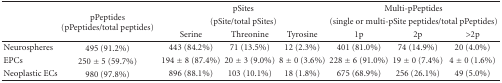
<table><thead><tr><td rowspan="3"></td><td rowspan="3"><b>pPeptides (pPeptides/total peptides) </b></td><td colspan="3"><b>pSites </b></td><td colspan="3"><b>Multi-pPeptides </b></td></tr><tr><td colspan="3"><b>(pSite/total pSites)</b></td><td colspan="3"><b>(single or multi-pSite peptides/total pPeptides)</b></td></tr><tr><td><b>Serine</b></td><td><b>Threonine</b></td><td><b>Tyrosine</b></td><td><b>1p</b></td><td><b>2p</b></td><td><b>&gt;2p </b></td></tr></thead><tbody><tr><td>Neurospheres</td><td>495 (91.2%)</td><td>443 (84.2%)</td><td>71 (13.5%)</td><td>12 (2.3%)</td><td>401 (81.0%)</td><td>74 (14.9%)</td><td>20 (4.0%)</td></tr><tr><td>EPCs</td><td>250 ± 5 (59.7%)</td><td>194 ± 8 (87.4%)</td><td>20 ± 3 (9.0%)</td><td>8 ± 0 (3.6%)</td><td>228 ± 6 (91.0%)</td><td>19 ± 0 (7.4%)</td><td>4 ± 0 (1.6%)</td></tr><tr><td>Neoplastic ECs</td><td>980 (97.8%)</td><td>896 (88.1%)</td><td>103 (10.1%)</td><td>18 (1.8%)</td><td>675 (68.9%)</td><td>256 (26.1%)</td><td>49 (5.0%)</td></tr></tbody></table>